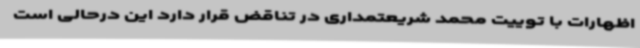
اظهارات با توییت محمد شریعتمداری در تناقض قرار دارد این درحالی است